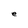
Character: e